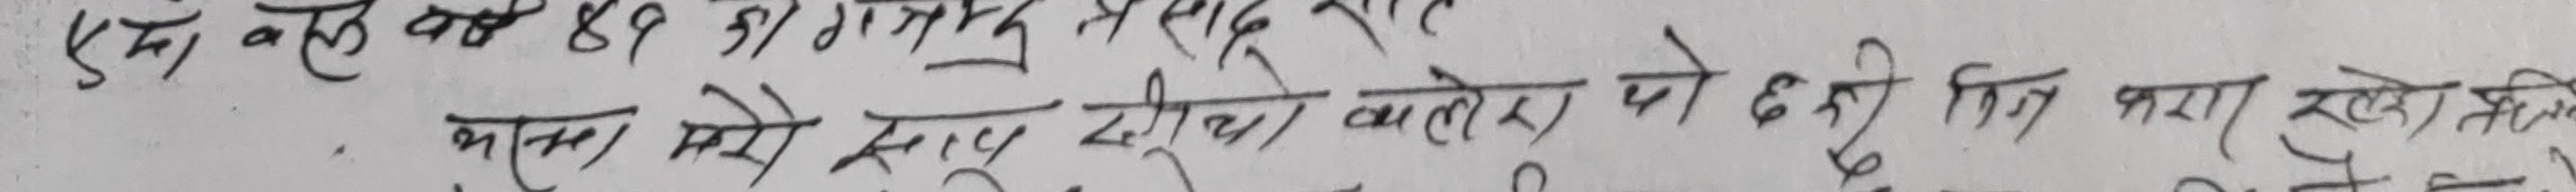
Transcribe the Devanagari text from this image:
एक वर्ष ८९ का गंगदत्त प्रसाद
कलम मेरो सुर्य दबीको कलेश को छ तिम्रा खडेतिन